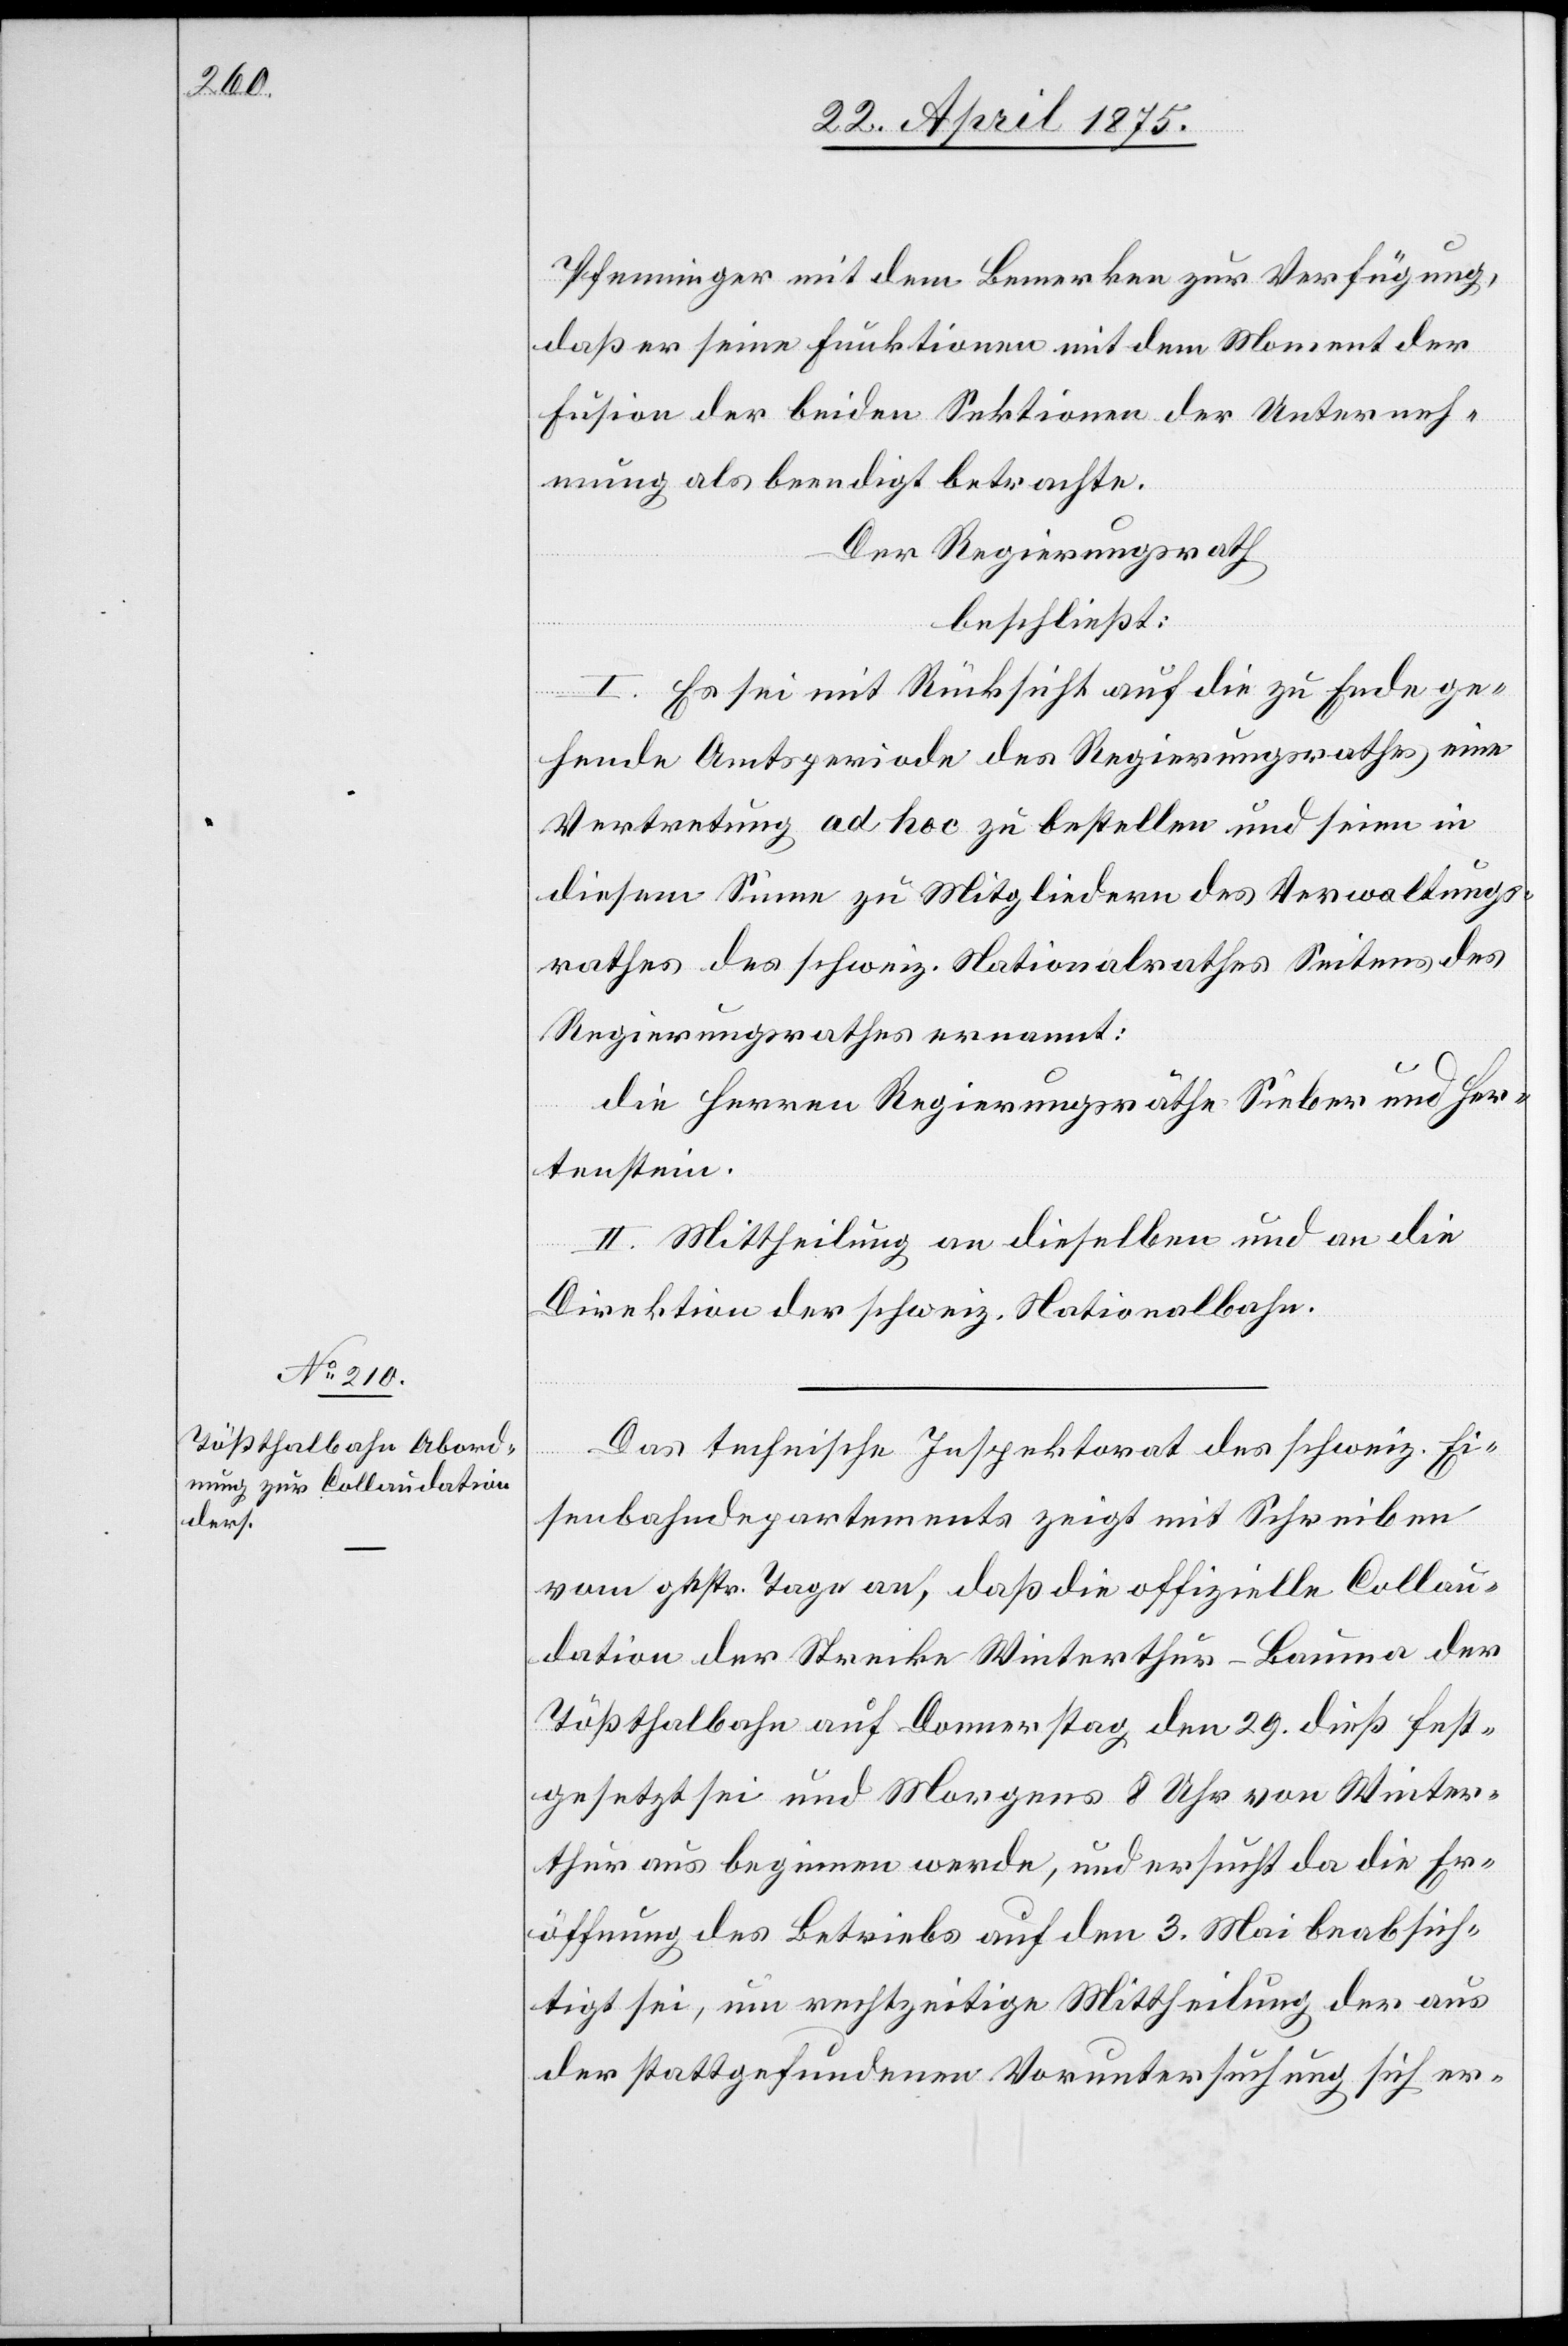
Pfenninger mit dem Bemerken zur Verfügung,
daß er seine Funktionen mit dem Moment der
Fusion der beiden Sektionen der Unterneh¬
mung als beendigt betrachte.
Der Regierungsrath,
beschließt:
I. Es sei mit Rücksicht auf die zu Ende ge¬
hende Amtsperiode des Regierungsrathes, eine
Vertretung ad hoc zu bestellen und seien in
diesem Sinne zu Mitgliedern des Verwaltungs¬
rathes der schweiz. Nationalrathes Seitens des
Regierungsrathes ernannt:
die Herren Regierungsräthe Sieber und Her¬
tenstein.
II. Mittheilung an dieselben und an die
Direktion der schweiz. Nationalbahn.
Das technische Inspektorat des schweiz. Ei¬
senbahndepartements zeigt mit Schreiben
vom gestr. Tage an, daß die offizielle Collau¬
dation der Strecke Winterthur–Bauma der
Tößthalbahn auf Donnerstag den 29. dieß fest¬
gesetzt sei und Morgens 8 Uhr von Winter¬
thur aus beginnen werde, und ersucht da die Er¬
öffnung des Betriebs auf den 3. Mai beabsich¬
tigt sei, um rechtzeitige Mittheilung der aus
der stattgefundenen Voruntersuchung sich er-